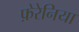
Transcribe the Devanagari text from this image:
फ़ेरेनिया